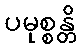
ပမုစ္စန္တိ